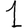
Digit: 1